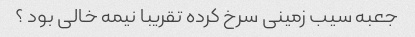
جعبه سیب زمینی سرخ کرده تقریبا نیمه خالی بود ؟